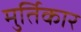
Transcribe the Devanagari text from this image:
मुर्तिकार